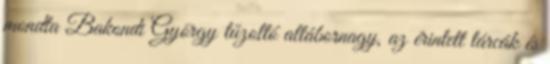
mondta Bakondi György tűzoltó altábornagy, az érintett tárcák és